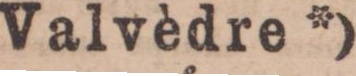
Valvèdre *)